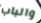
والباب